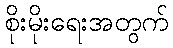
စိုးမိုးရေးအတွက်